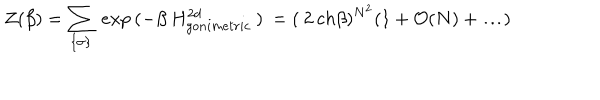
Z ( \beta ) = \sum _ { \{ \sigma \} } \: e x p \: ( - \beta \: H _ { g o n i m e t r i c } ^ { 2 d } \: ) \: = ( \: 2 \: c h \beta ) ^ { N ^ { 2 } } ( 1 + { \cal O } ( N ) + \ldots )